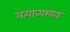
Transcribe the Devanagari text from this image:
अत्याव्यश्यक